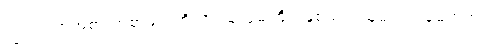
ကြွယ်ဝတဲ့အစားအစာများကို စားသုံးဖို့မကြိုက်နှစ်သက်သူများ ဒါမှမဟုတ်